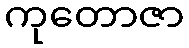
ကုတောဇာ